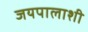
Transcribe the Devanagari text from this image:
जयपालाशी